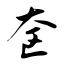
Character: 奁